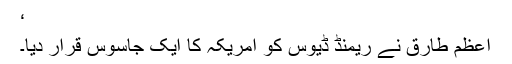
‘
اعظم طارق نے ریمنڈ ڈیوس کو امریکہ کا ایک جاسوس قرار دیا۔